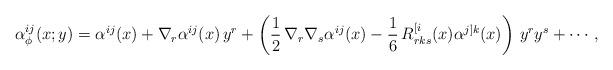
LaTeX: \begin{align*}\alpha_\phi^{ij}(x;y)=\alpha^{ij}(x)+\nabla_r\alpha^{ij}(x)\,y^r+\left(\frac12\,\nabla_r\nabla_s\alpha^{ij}(x)-\frac16\,R^{[i}_{rks}(x)\alpha^{j]k}(x)\right)\,y^ry^s+\cdots,\end{align*}